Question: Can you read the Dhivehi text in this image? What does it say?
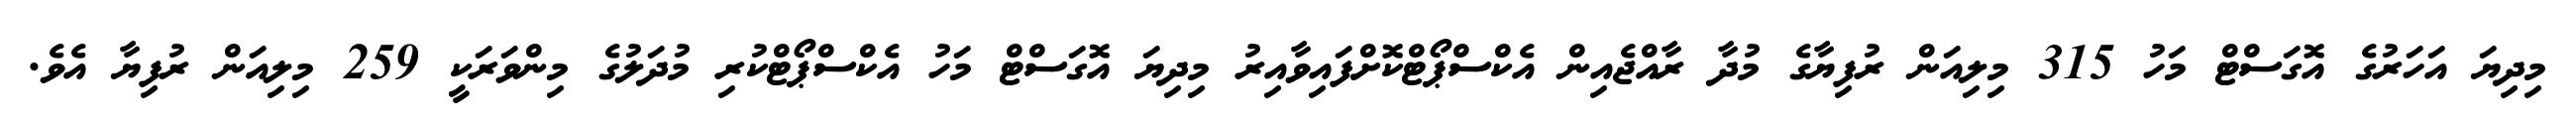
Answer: މިދިޔަ އަހަރުގެ އޮގަސްޓް މަހު 315 މިލިއަން ރުފިޔާގެ މުދާ ރާއްޖެއިން އެކްސްޕޯޓްކޮށްފައިވާއިރު މިދިޔަ އޮގަސްޓް މަހު އެކްސްޕޯޓްކުރި މުދަލުގެ މިންވަރަކީ 259 މިލިއަން ރުފިޔާ އެވެ.